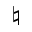
\natural